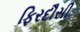
ફિરદૌસી